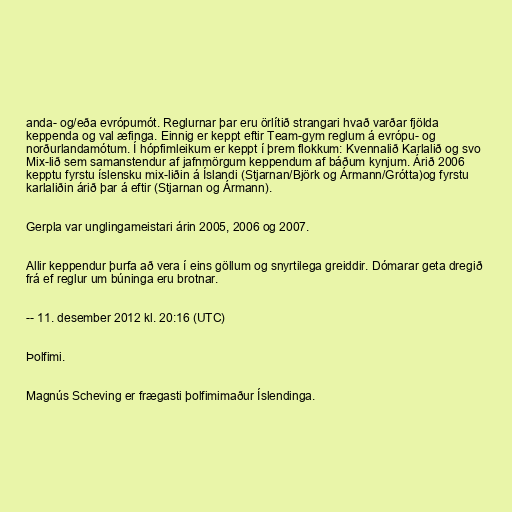
anda- og/eða evrópumót. Reglurnar þar eru örlítið strangari hvað varðar fjölda
keppenda og val æfinga. Einnig er keppt eftir Team-gym reglum á evrópu- og
norðurlandamótum. Í hópfimleikum er keppt í þrem flokkum: Kvennalið Karlalið og svo
Mix-lið sem samanstendur af jafnmörgum keppendum af báðum kynjum. Árið 2006
kepptu fyrstu íslensku mix-liðin á Íslandi (Stjarnan/Björk og Ármann/Grótta)og fyrstu
karlaliðin árið þar á eftir (Stjarnan og Ármann).

Gerpla var unglingameistari árin 2005, 2006 og 2007.

Allir keppendur þurfa að vera í eins göllum og snyrtilega greiddir. Dómarar geta dregið
frá ef reglur um búninga eru brotnar.

-- 11. desember 2012 kl. 20:16 (UTC)

Þolfimi.

Magnús Scheving er frægasti þolfimimaður Íslendinga.